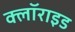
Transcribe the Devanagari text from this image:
क्लॉराइड